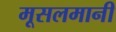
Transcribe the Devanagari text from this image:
मूसलमानी